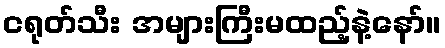
ငရုတ်သီး အများကြီးမထည့်နဲ့နော်။